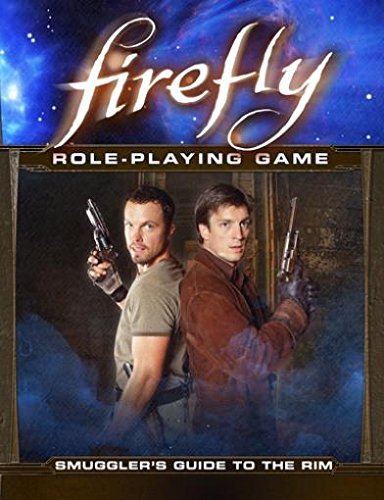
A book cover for Firefly RPG Smugglers Guide to the Rim; Science Fiction & Fantasy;